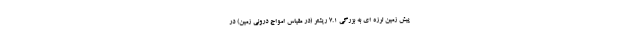
پیش زمین لرزه ای به بزرگی ۷.۱ ریشتر (در مقیاس امواج درونی زمین) در